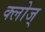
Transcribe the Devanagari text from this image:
क्लोज्